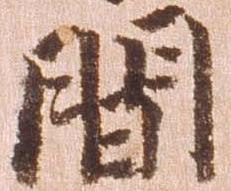
間